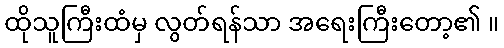
ထိုသူကြီးထံမှ လွတ်ရန်သာ အရေးကြီးတော့၏ ။